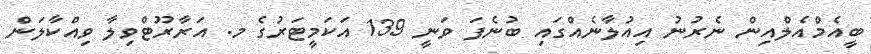
ބީއެމްއެލްއިން ނެރުނު އިއުލާނެއްގައި ބުނެފަ ވަނީ 139 އަކަމީޓަރުގެ މ. އަރާރޫޓްވިލާ ވިއްކާލަން